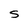
Character: S